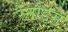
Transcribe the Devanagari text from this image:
रेनौड्स